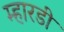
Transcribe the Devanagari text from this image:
म्हारडी